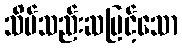
သိပ်သည်းဆမြင့်သော